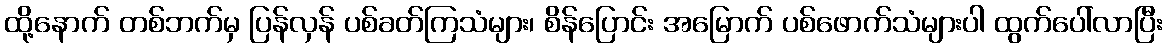
ထို့နောက် တစ်ဘက်မှ ပြန်လှန် ပစ်ခတ်ကြသံများ၊ စိန်ပြောင်း အမြောက် ပစ်ဖောက်သံများပါ ထွက်ပေါ်လာပြီး